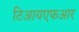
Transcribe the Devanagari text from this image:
टिआयएफआर